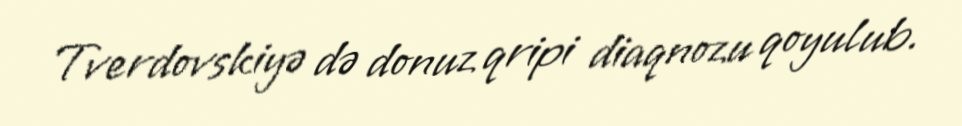
Tverdovskiyə də donuz qripi diaqnozu qoyulub.